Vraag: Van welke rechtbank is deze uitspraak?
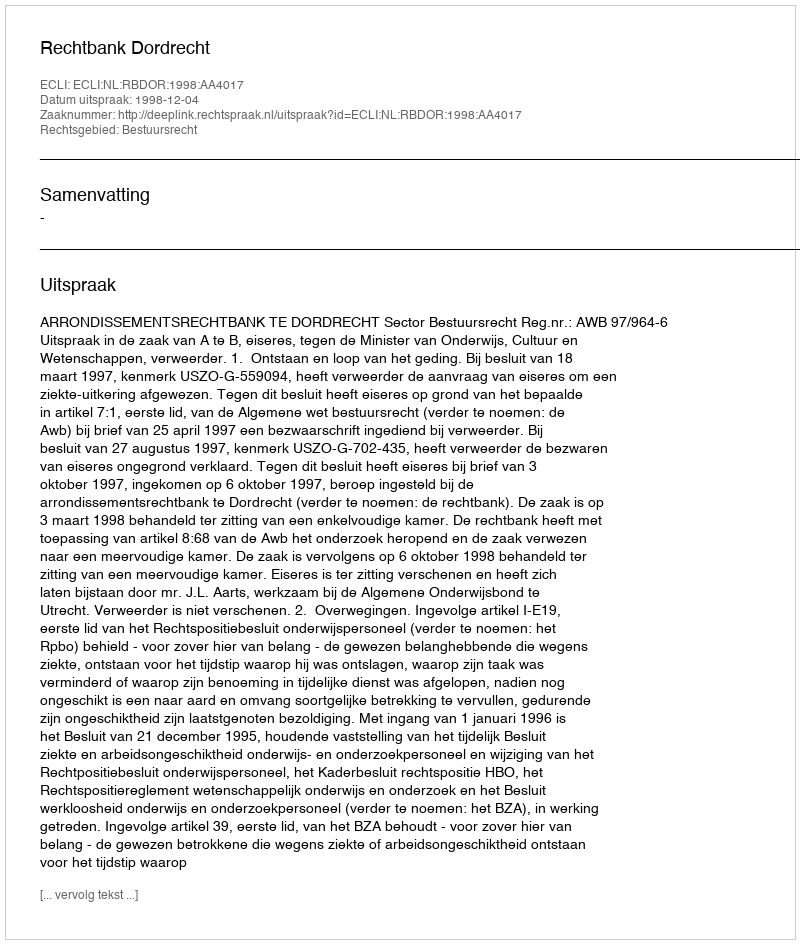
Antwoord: Rechtbank Dordrecht